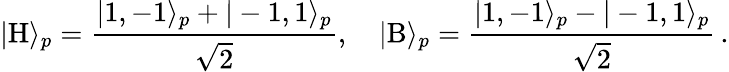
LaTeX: |\mathrm H\rangle_{p}=\frac{|1,-1\rangle_{p}+|-1,1\rangle_{p}}{\sqrt 2},\quad|\mathrm B\rangle_{p}=\frac{|1,-1\rangle_{p}-|-1,1\rangle_{p}}{\sqrt 2}\, .